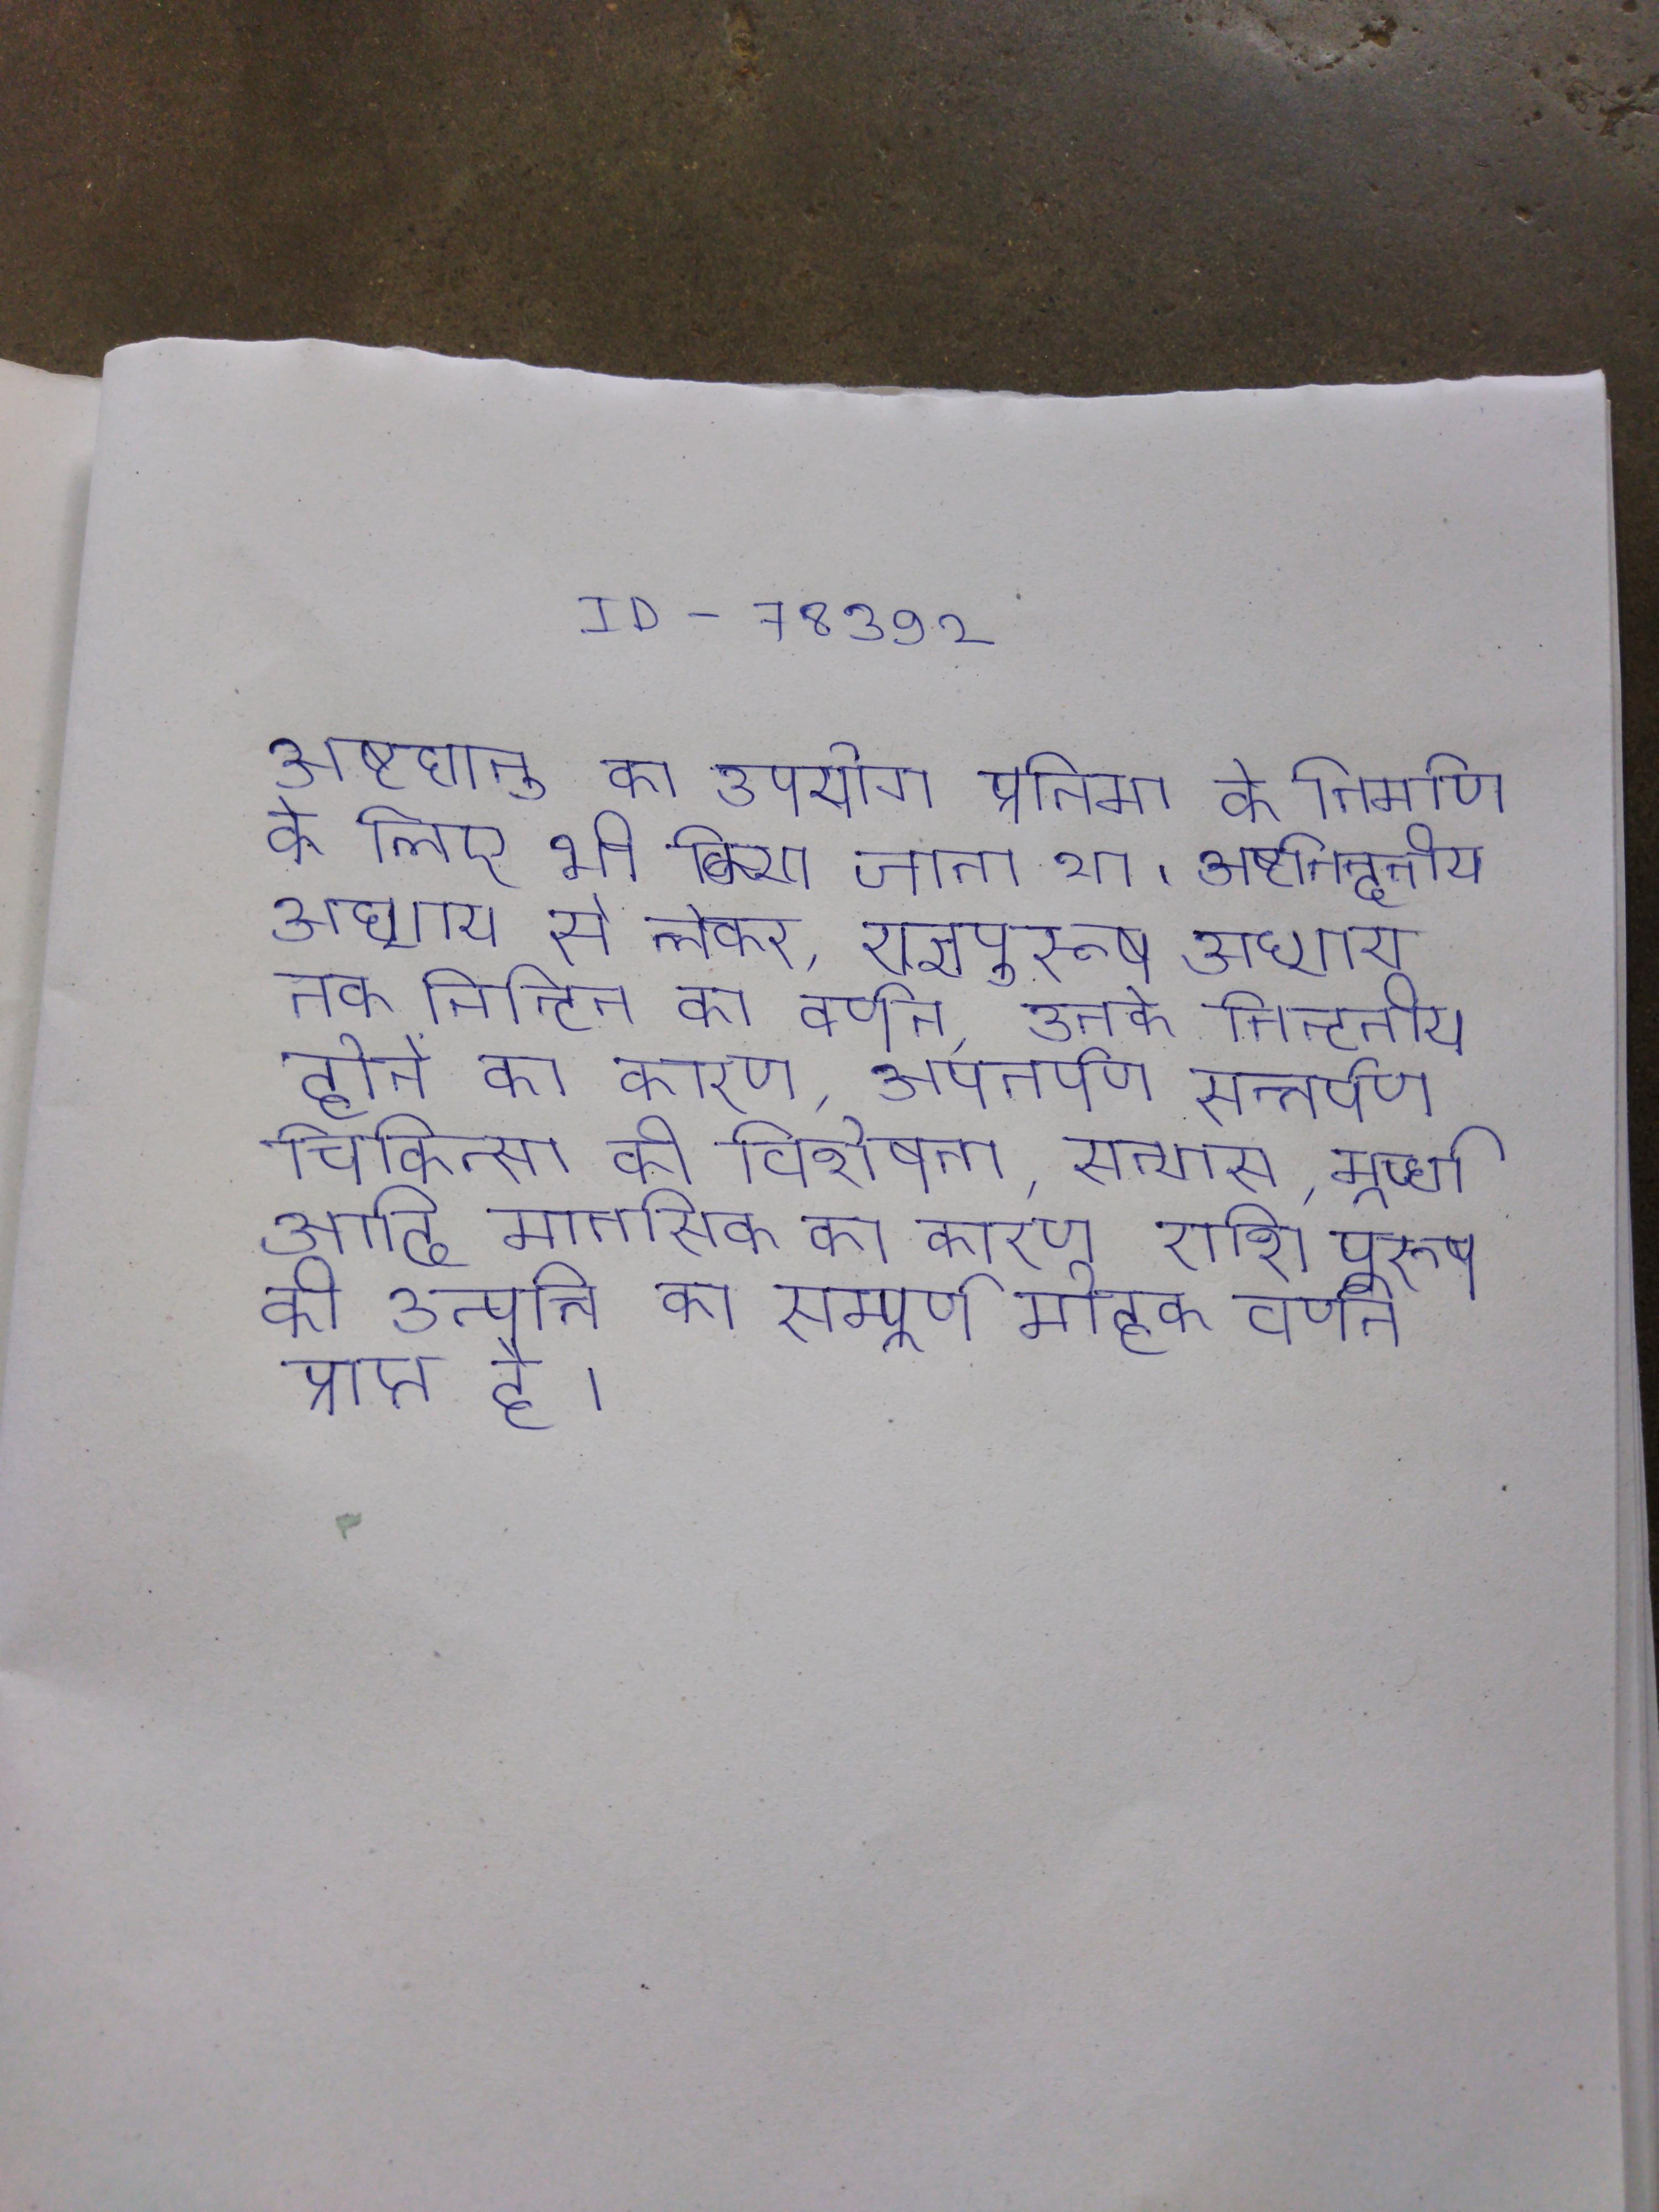
अष्टधातु का उपयोग प्रतिमा के निर्माण के लिए भी किया जाता था । अष्टनिन्दनीय अध्याय से लेकर, यज्ञपुरूष अध्याय तक निन्दित का वर्णन, उनके निन्दनीय होने का कारण, अपतर्पण सन्तर्पण चिकित्सा की विशेषता, सन्यास, मूर्च्छा आदि मानसिक का कारण राशि पुरूष की उत्पत्ति का सम्पूर्ण मोहक वर्णन प्राप्त है ।